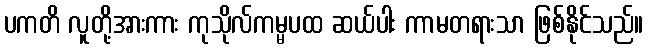
ပကတိ လူတို့အားကား ကုသိုလ်ကမ္မပထ ဆယ်ပါး ကာမတရားသာ ဖြစ်နိုင်သည်။